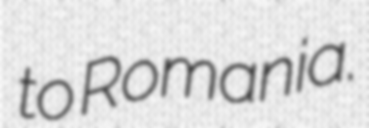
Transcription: to Romania.